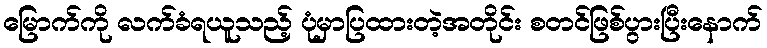
မြောက်ကို လက်ခံရယူသည့် ပုံမှာပြထားတဲ့အတိုင်း စတင်ဖြစ်ပွားပြီးနောက်